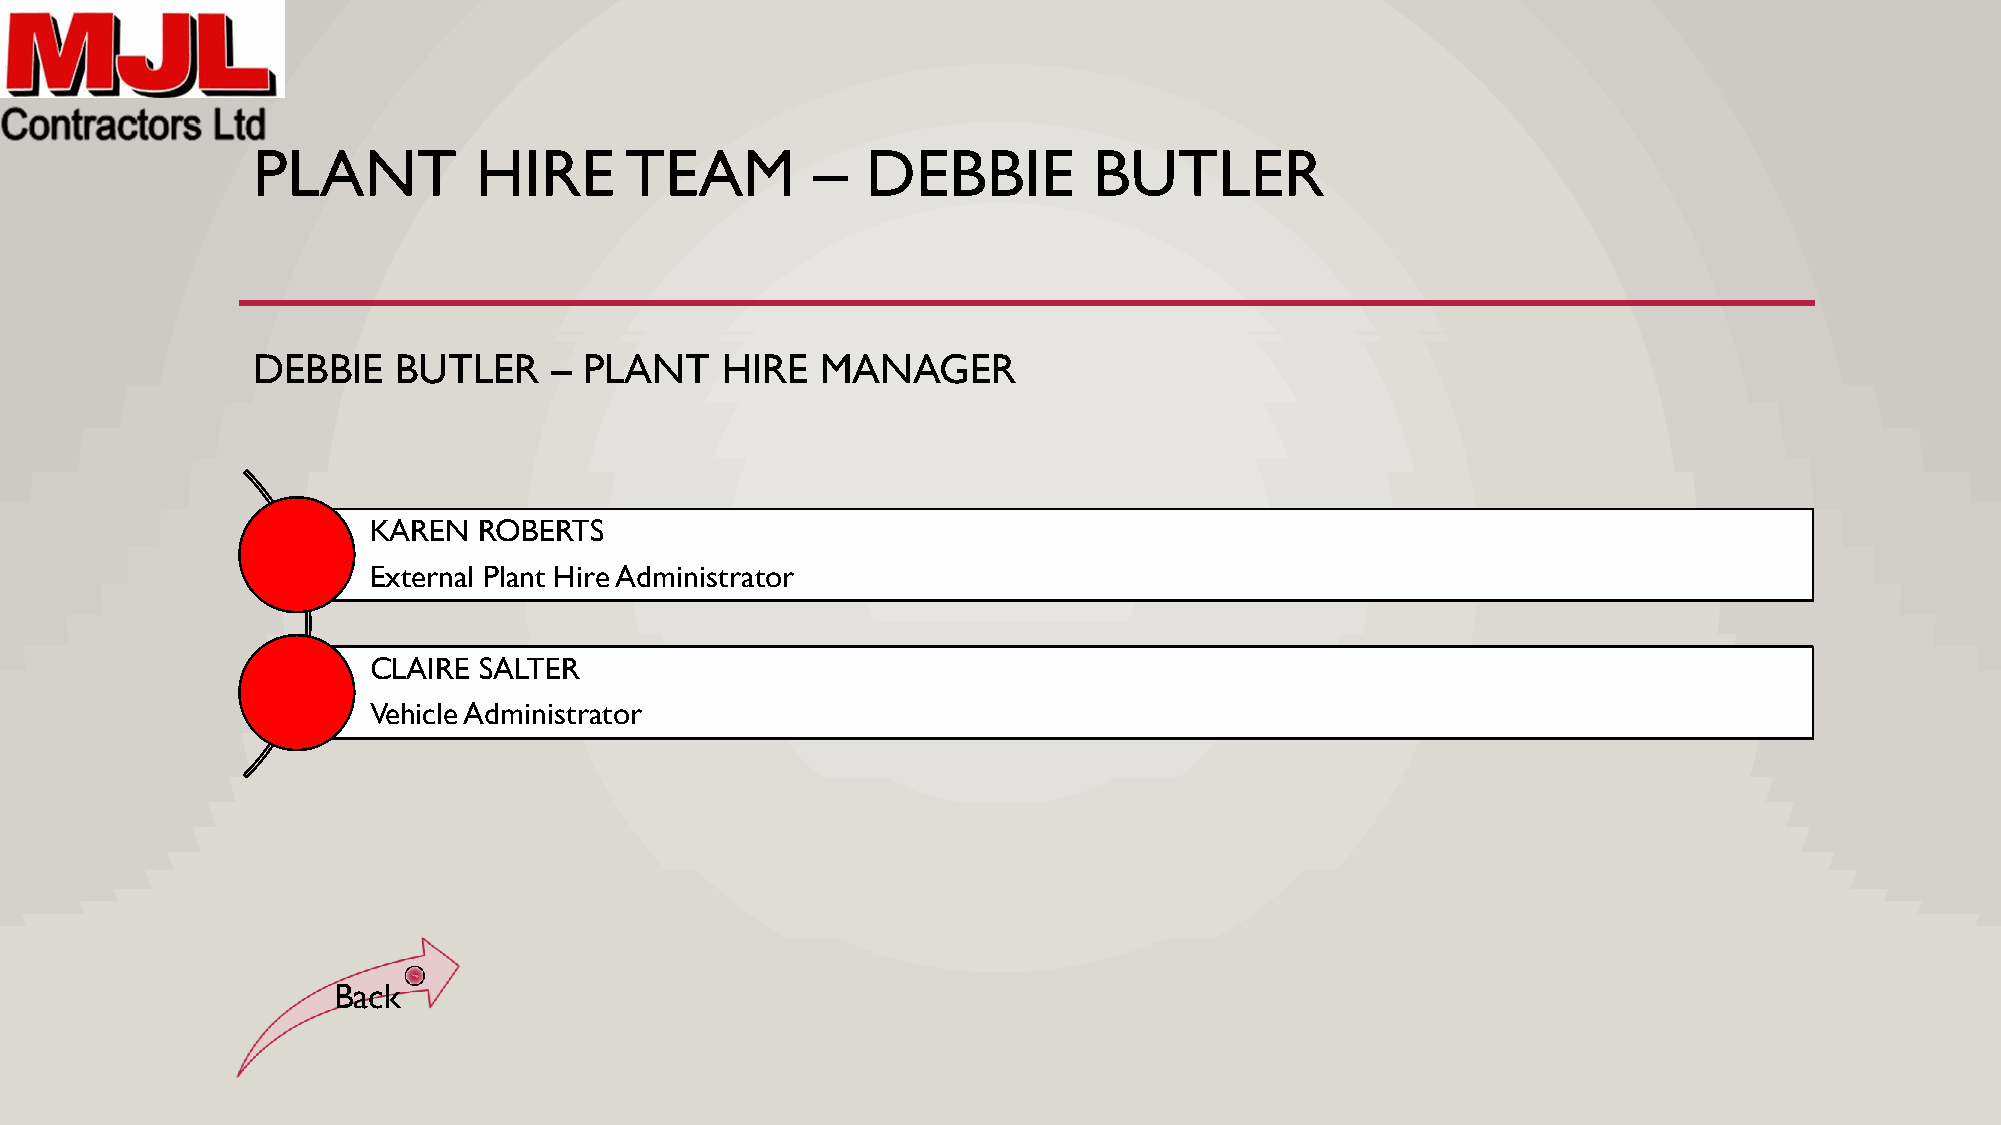
PLANT         HIRE      TEAM         –  DEBBIE         BUTLER
 DEBBIE   BUTLER    –  PLANT    HIRE  MANAGER
 KAREN   ROBERTS
 External Plant Hire Administrator
 CLAIRE  SALTER
 Vehicle Administrator
 Back